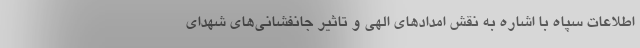
اطلاعات سپاه با اشاره به نقش امدادهای الهی و تاثیر جانفشانی‌های شهدای